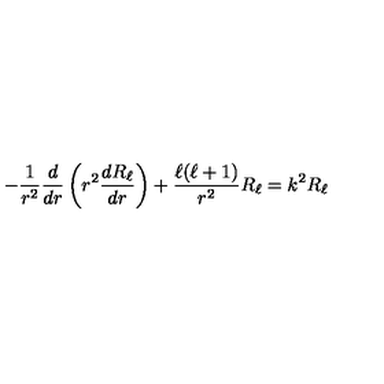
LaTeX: - { \frac { 1 } { r ^ { 2 } } } { \frac { d } { d r } } \left( r ^ { 2 } { \frac { d R _ { \ell } } { d r } } \right) + { \frac { \ell ( \ell + 1 ) } { r ^ { 2 } } } R _ { \ell } = k ^ { 2 } R _ { \ell }